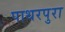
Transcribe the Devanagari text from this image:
पाथरपुरा